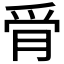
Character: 𰟿